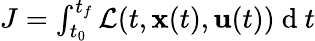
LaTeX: \begin{array}{r}{J=\int_{t_{0}}^{t_{f}}\mathcal{L}(t,\mathbf{x}(t),\mathbf{u}(t))\mathrm{~d~}t}\end{array}